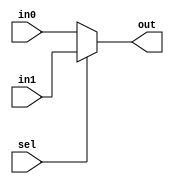
module Mux2_5bit (input sel, input [4:0] in0, input [4:0] in1, output [4:0] out);
     assign out = sel ? in1 : in0;
endmodule // Mux2